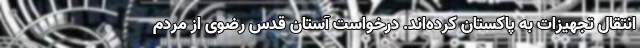
انتقال تجهیزات به پاکستان کرده‌اند. درخواست آستان قدس رضوی از مردم